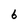
Character: 6